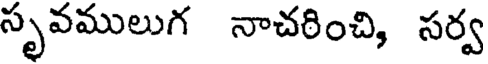
సృవములుగ నాచరించి, సర్వ